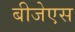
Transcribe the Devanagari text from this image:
बीजेएस